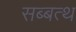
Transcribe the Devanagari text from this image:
सब्बत्थ